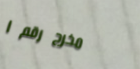
مخرج رقم ١